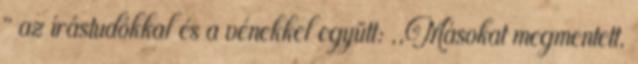
'' az írástudókkal és a vénekkel együtt: ,,Másokat megmentett,